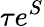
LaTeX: \tau e^{S}